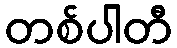
တစ်ပါတီ